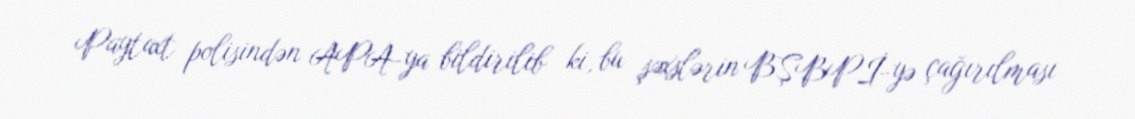
Paytaxt polisindən APA-ya bildirilib ki, bu şəxslərin BŞBPİ-yə çağırılması